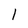
Character: 1